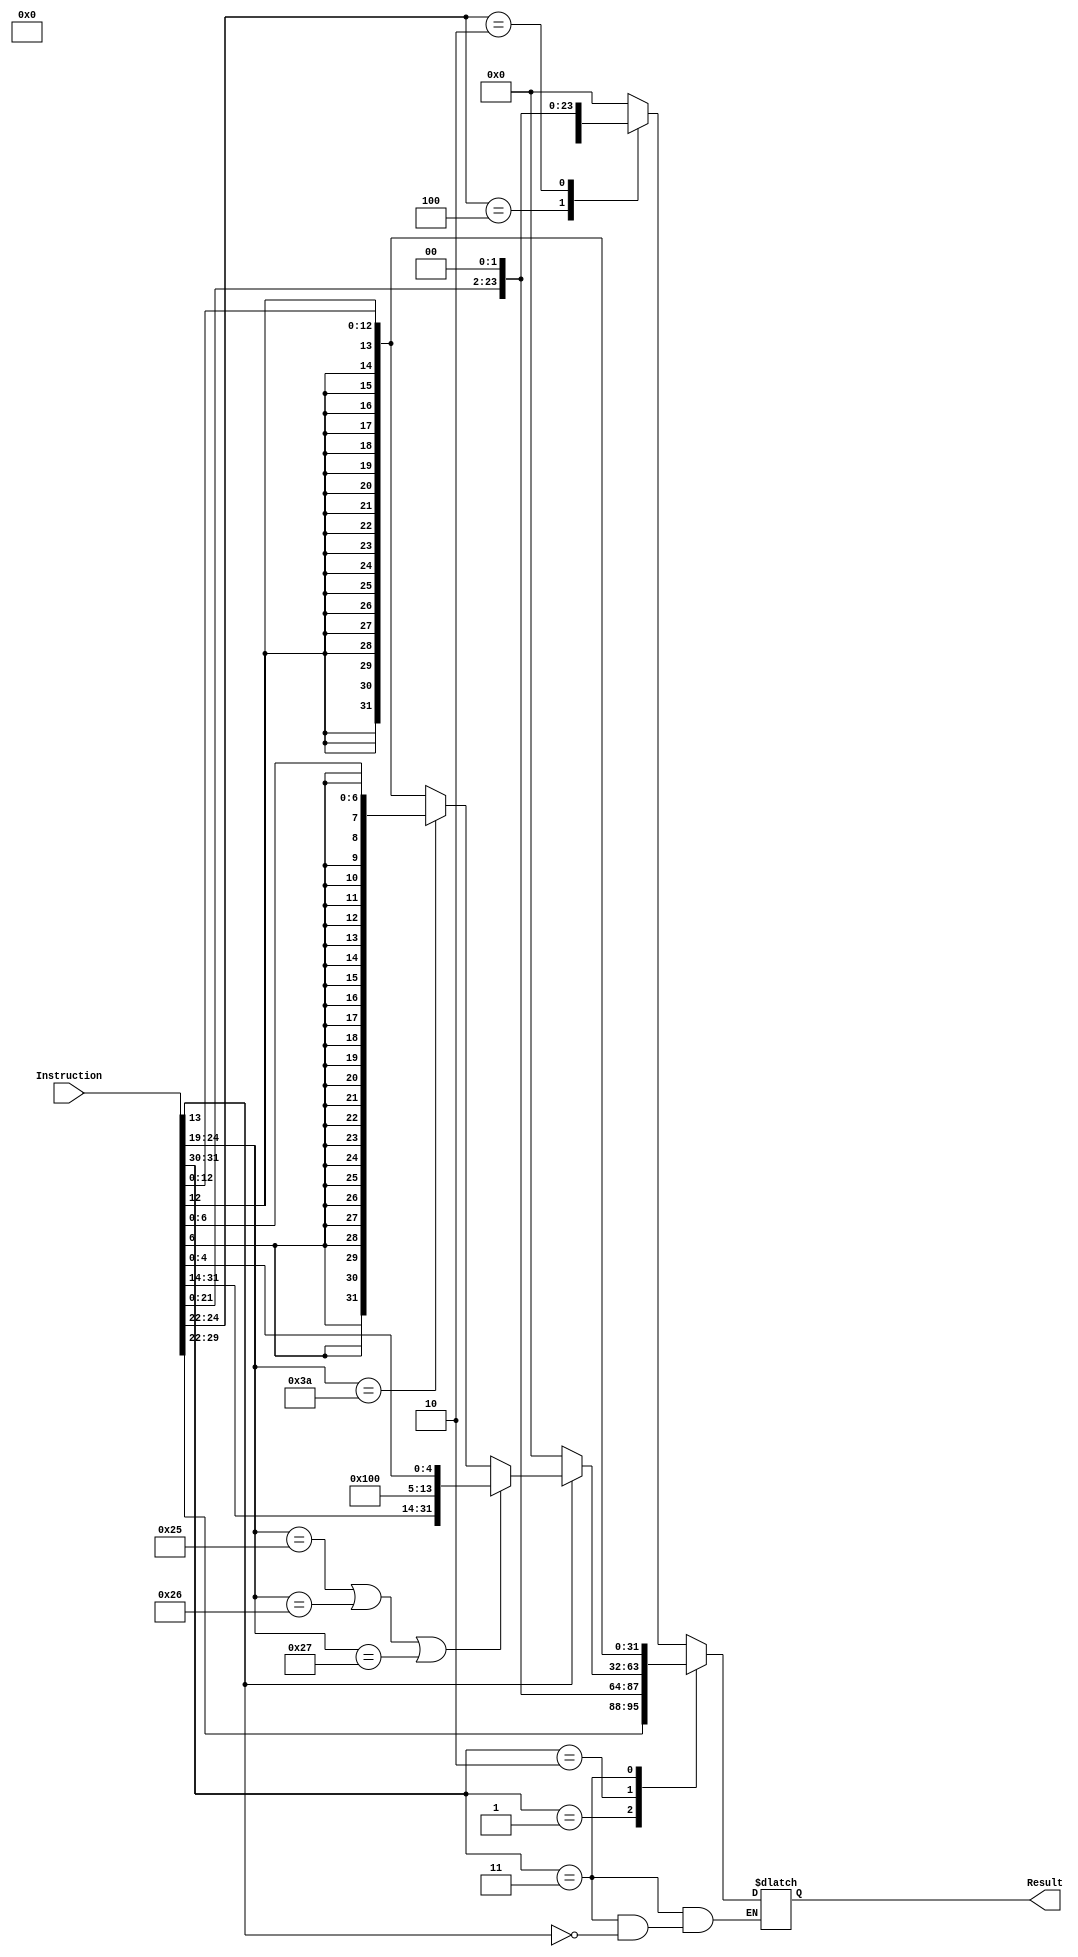
module Shifter_Sign_Extender (
								output reg [31:0] Result,
								input [31:0] Instruction
								);
								
	always @ (Instruction)
		begin
		case (Instruction[31:30])
			2'b00:	// SETHI and Branch Instructions
				begin
				case (Instruction[24:22])
					3'b100:	// SETHI Instruction
						begin
						Result = {Instruction[21:0], 10'd0};
						end
					3'b010:	// Branch Instruction
						begin
						Result = {{10{Instruction[21]}}, Instruction[21:0]} << 2; // 4*disp22
						end
					default:
						begin
						Result = 32'h0000;
						end
				endcase
				end
			2'b01:	// CALL Instruction
				begin
				Result = {{2{Instruction[29]}}, Instruction[29:0]} << 2; // 4*disp30
				end
			2'b10:	// Data Processing Instruction
				begin
				if (Instruction[13] == 1'b1)
					begin
					if (Instruction[24:19] == 6'b100101 || Instruction[24:19] == 6'b100110 || Instruction[24:19] == 6'b100111) // Shift Instruction
						begin
						Result = {Instruction[31:13], 8'b00000000, Instruction[4:0]};	// shcount
						end
					else if (Instruction[24:19] == 6'b111010)	// Trap Instruction
						begin
						Result = {{25{Instruction[6]}}, Instruction[6:0]};	// imm7
						end
					else
						begin
						Result = {{19{Instruction[12]}}, Instruction[12:0]};	// simm13
						end
					end
				else
					begin
					Result = 32'h0000;
					end
				end
			2'b11:	// Memory Instruction
				begin
				if (Instruction[13] == 1)
					begin
					Result = {{19{Instruction[12]}}, Instruction[12:0]};	// simm13
					end
				end
			default:
				begin
				Result = 32'h0000;
				end
		endcase
		end
endmodule